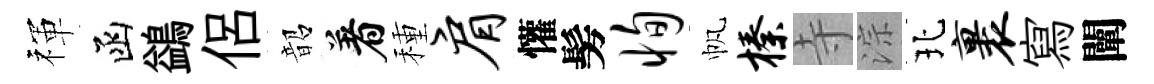
禈函鷁侶韶着種肩懽髣恂帆榛寺淙北裹寫闡